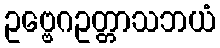
ဥဗ္ဗေဂဥတ္တာသဘယံ